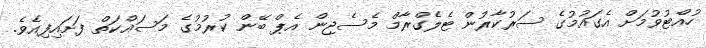
ހުއްޓުވުމަށް އެގައުމުގެ ސަރުކާރުން ޓެލެގްރާމް މެސެޖިން އެޕް ބޭން ކުރުމުގެ މަސައްކަތް ފަށައިފިއެވެ.